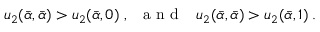
u _ { 2 } ( \bar { \alpha } , \bar { \alpha } ) > u _ { 2 } ( \bar { \alpha } , 0 ) \; , \; \; { \mathrm { ~ a ~ n ~ d ~ } } \; \; \; u _ { 2 } ( \bar { \alpha } , \bar { \alpha } ) > u _ { 2 } ( \bar { \alpha } , 1 ) \; .